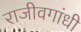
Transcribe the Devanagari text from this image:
राजीवगांधी